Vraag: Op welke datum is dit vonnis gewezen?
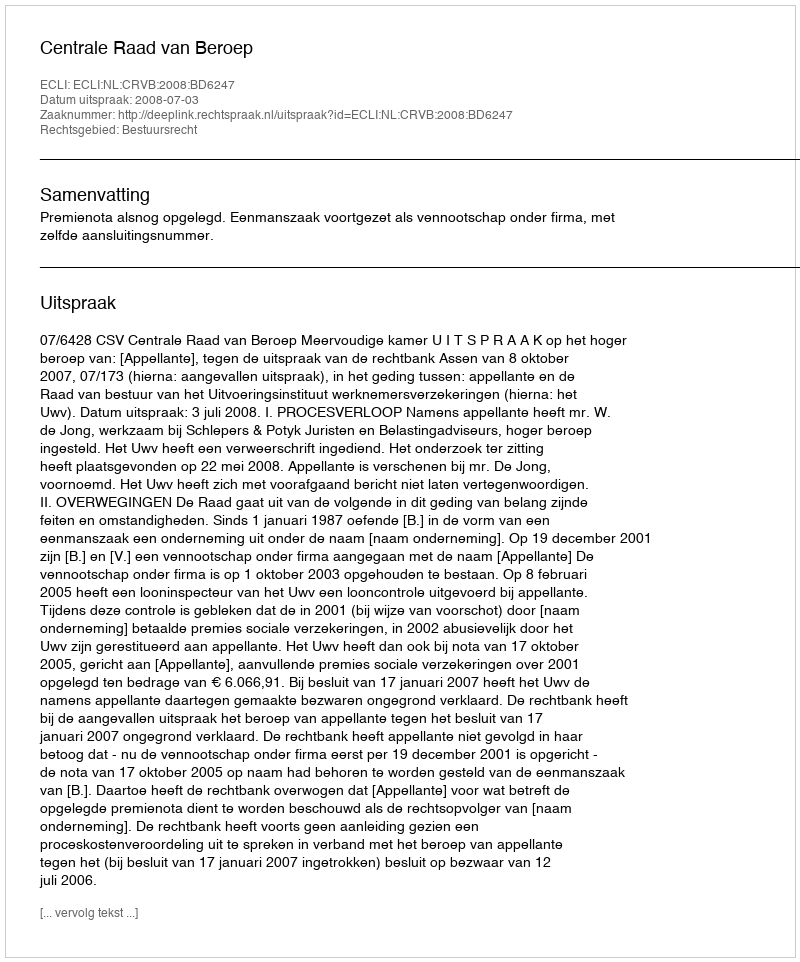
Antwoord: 2008-07-03